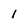
Character: l